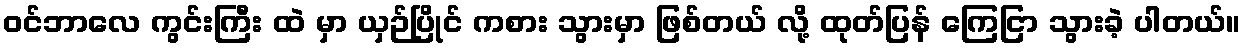
၀င်ဘာလေ ကွင်းကြီး ထဲ မှာ ယှဉ်ပြိုင် ကစား သွားမှာ ဖြစ်တယ် လို့ ထုတ်ပြန် ကြေငြာ သွားခဲ့ ပါတယ်။